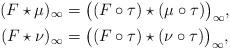
LaTeX: \begin{align*} (F\star\mu)_{\infty} &= \bigl((F\circ \tau) \star (\mu\circ\tau)\bigr)_{\infty},\\ (F\star\nu)_{\infty} &= \bigl((F\circ \tau) \star (\nu\circ\tau)\bigr)_{\infty}, \end{align*}